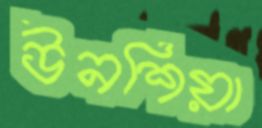
উনশিয়া